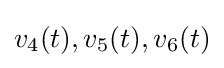
{v_{4}(t),v_{5}(t),v_{6}(t)}